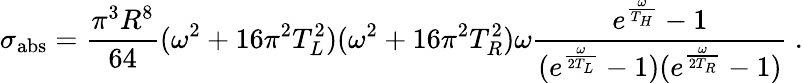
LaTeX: \sigma_{\mathrm{abs}}={\frac{\pi^{3}R^{8}}{64}}(\omega^{2}+16\pi^{2}T_{L}^{2})(\omega^{2}+16\pi^{2}T_{R}^{2})\omega{\frac{e^{\frac{\omega}{T_{H}}}-1}{(e^{\frac{\omega}{2T_{L}}}-1)(e^{\frac{\omega}{2T_{R}}}-1)}}\ .